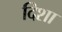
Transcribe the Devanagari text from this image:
दिशा